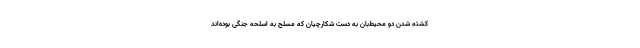
کشته شدن دو محیط‌بان به دست شکارچیان که مسلح به اسلحه جنگی بوده‌اند